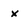
Character: x